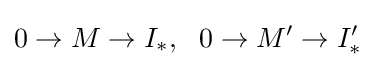
0\rightarrow M\rightarrow I_{*},\ \ 0\rightarrow M'\rightarrow I'_{*}